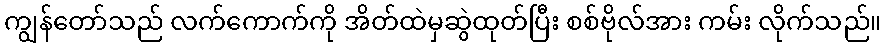
ကျွန်တော်သည် လက်ကောက်ကို အိတ်ထဲမှဆွဲထုတ်ပြီး စစ်ဗိုလ်အား ကမ်း လိုက်သည်။